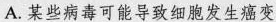
A.某些病毒可能导致细胞发生癌变